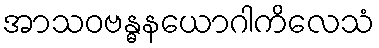
အာသဝဗန္ဓနယောဂါကိလေသံ